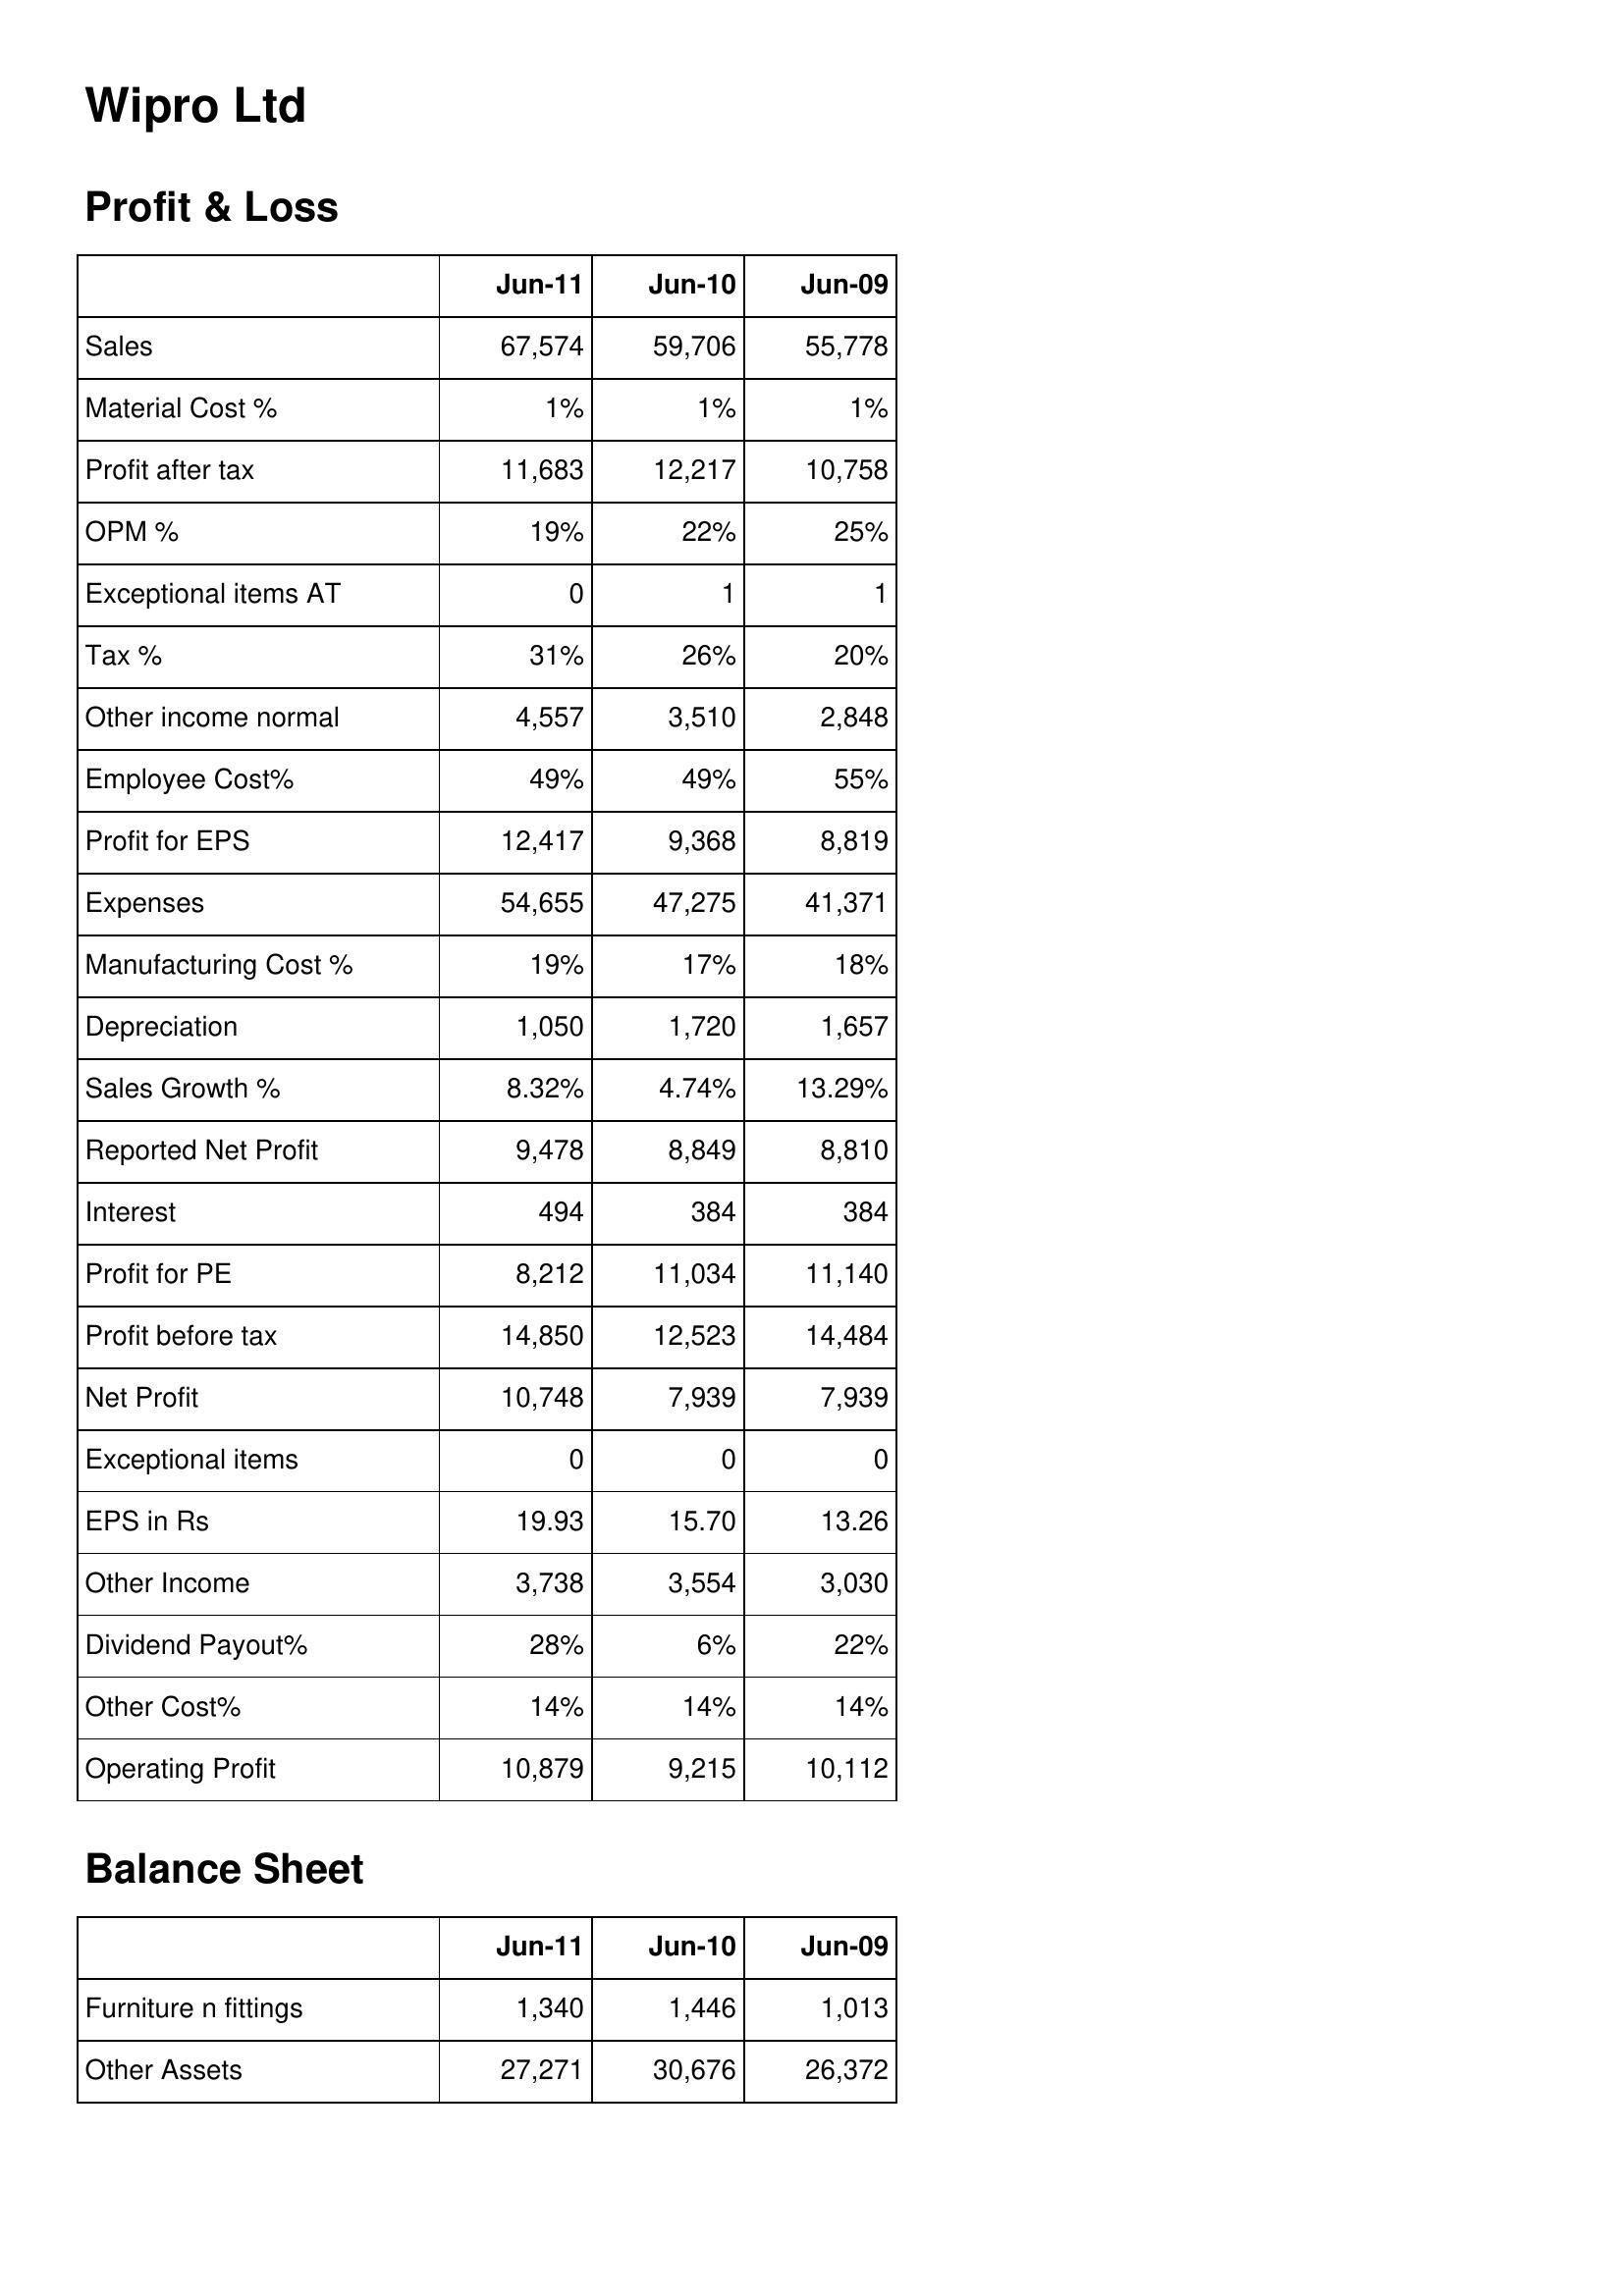
Jun-11: Profit & Loss: Sales: 67,574
Material Cost %: 1%
Profit after tax: 11,683
OPM %: 19%
Exceptional items AT: 0
Tax %: 31%
Other income normal: 4,557
Employee Cost%: 49%
Profit for EPS: 12,417
Expenses: 54,655
Manufacturing Cost %: 19%
Depreciation: 1,050
Sales Growth %: 8.32%
Reported Net Profit: 9,478
Interest: 494
Profit for PE: 8,212
Profit before tax: 14,850
Net Profit: 10,748
Exceptional items: 0
EPS in Rs: 19.93
Other Income: 3,738
Dividend Payout%: 28%
Other Cost%: 14%
Operating Profit: 10,879
Balance Sheet: Furniture n fittings: 1,340
Other Assets: 27,271
Jun-10: Profit & Loss: Sales: 59,706
Material Cost %: 1%
Profit after tax: 12,217
OPM %: 22%
Exceptional items AT: 1
Tax %: 26%
Other income normal: 3,510
Employee Cost%: 49%
Profit for EPS: 9,368
Expenses: 47,275
Manufacturing Cost %: 17%
Depreciation: 1,720
Sales Growth %: 4.74%
Reported Net Profit: 8,849
Interest: 384
Profit for PE: 11,034
Profit before tax: 12,523
Net Profit: 7,939
Exceptional items: 0
EPS in Rs: 15.70
Other Income: 3,554
Dividend Payout%: 6%
Other Cost%: 14%
Operating Profit: 9,215
Balance Sheet: Furniture n fittings: 1,446
Other Assets: 30,676
Jun-09: Profit & Loss: Sales: 55,778
Material Cost %: 1%
Profit after tax: 10,758
OPM %: 25%
Exceptional items AT: 1
Tax %: 20%
Other income normal: 2,848
Employee Cost%: 55%
Profit for EPS: 8,819
Expenses: 41,371
Manufacturing Cost %: 18%
Depreciation: 1,657
Sales Growth %: 13.29%
Reported Net Profit: 8,810
Interest: 384
Profit for PE: 11,140
Profit before tax: 14,484
Net Profit: 7,939
Exceptional items: 0
EPS in Rs: 13.26
Other Income: 3,030
Dividend Payout%: 22%
Other Cost%: 14%
Operating Profit: 10,112
Balance Sheet: Furniture n fittings: 1,013
Other Assets: 26,372